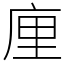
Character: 㢆